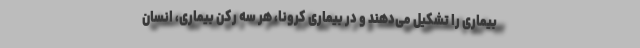
بیماری را تشکیل می‌دهند و در بیماری کرونا، هر سه رکن بیماری، انسان